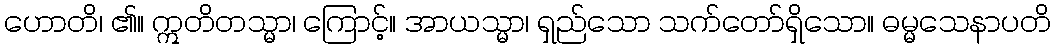
ဟောတိ၊ ၏။ ဣတိတသ္မာ၊ ကြောင့်။ အာယသ္မာ၊ ရှည်သော သက်တော်ရှိသော။ ဓမ္မသေနာပတိ